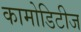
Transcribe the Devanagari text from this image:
कामोडिटीज